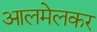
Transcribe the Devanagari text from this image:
आलमेलकर